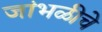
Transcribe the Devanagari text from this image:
जांभळीचे